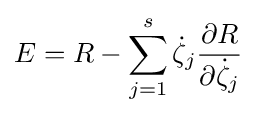
E=R-\sum _{j=1}^{s}{\dot {\zeta }}_{j}{\frac {\partial R}{\partial {\dot {\zeta }}_{j}}}